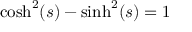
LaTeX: { \mathrm { c o s h } } ^ { 2 } ( s ) - { \mathrm { s i n h } } ^ { 2 } ( s ) = 1